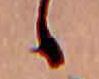
ゝ